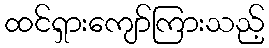
ထင်ရှားကျော်ကြားသည့်